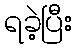
ရခဲ့ပြီး